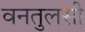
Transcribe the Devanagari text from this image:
वनतुलसी